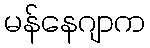
မန်နေဂျာက